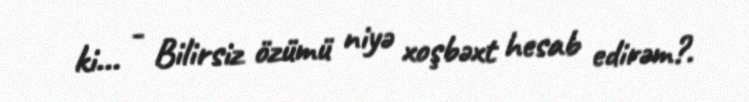
ki... - Bilirsiz özümü niyə xoşbəxt hesab edirəm?.